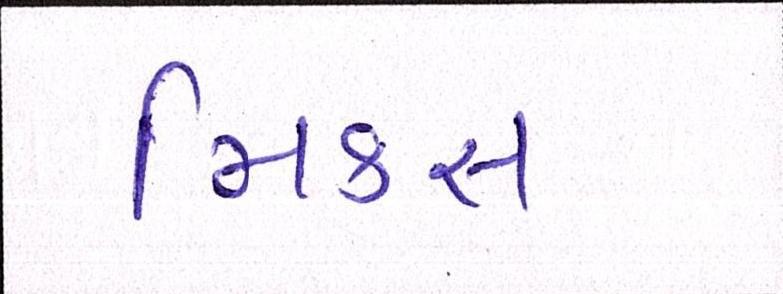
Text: મિક્સ